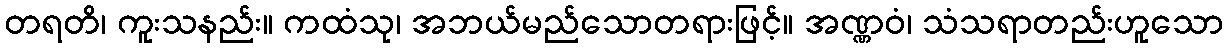
တရတိ၊ ကူးသနည်း။ ကထံသု၊ အဘယ်မည်သောတရားဖြင့်။ အဏ္ဏဝံ၊ သံသရာတည်းဟူသော